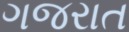
ગજરાત